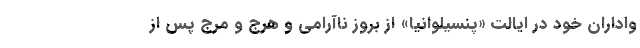
واداران خود در ایالت «پنسیلوانیا» از بروز ناآرامی و هرج و مرج پس از